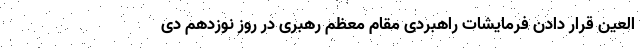
العین قرار دادن فرمایشات راهبردی مقام معظم رهبری در روز نوزدهم دی